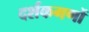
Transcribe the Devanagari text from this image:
दर्शकगणों